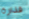
قذارة